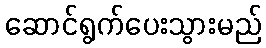
ဆောင်ရွက်ပေးသွားမည်